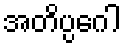
အတိပ္ပဂေါ